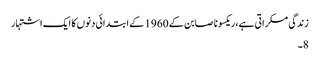
زندگی مسکراتی ہے، ریکسونا صابن کے 1960 کے ابتدائی دنوں کا ایک اشتہار
8۔